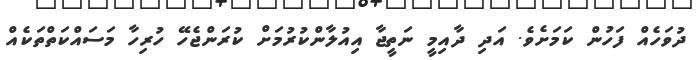
ދުވަހެއް ފަހުން ކަމަށެވެ. އަދި ދާއިމީ ނަތީޖާ އިއުލާންކުރުމަށް ކުރަންޖެހޭ ހުރިހާ މަސައްކަތްތަކެއް